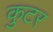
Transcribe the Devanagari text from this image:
कुटर